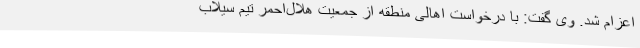
‌اعزام شد. وی گفت: با درخواست اهالی منطقه از جمعیت هلال‌احمر تیم سیلاب